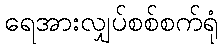
ရေအားလျှပ်စစ်စက်ရုံ